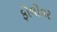
ફોલોવર